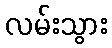
လမ်းသွား